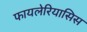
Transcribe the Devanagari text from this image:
फायलेरियासिस